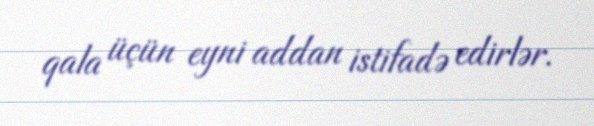
qala üçün eyni addan istifadə edirlər.